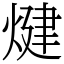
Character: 煡